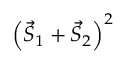
\left( { \vec { S } } _ { 1 } + { \vec { S } } _ { 2 } \right) ^ { 2 }